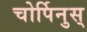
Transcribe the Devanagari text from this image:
चोर्पिनुस्